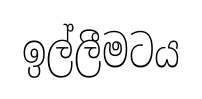
ඉල්ලීමටය